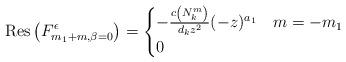
LaTeX: \begin{align*}\mathrm{Res}\left(F_{m_1+m,\beta=0}^\epsilon\right)=\begin{cases}-\frac{c\left(N_{k}^{m}\right)}{d_kz^2}(-z)^{a_1} & m=-m_1\\0 & \end{cases}\end{align*}